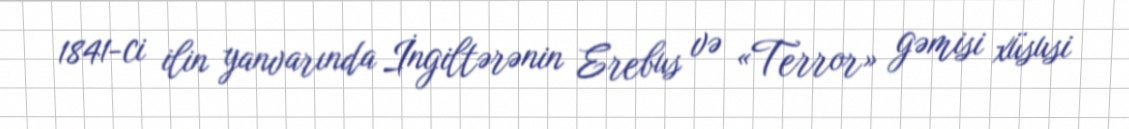
1841-ci ilin yanvarında İngiltərənin Erebus və «Terror» gəmisi xüsusi